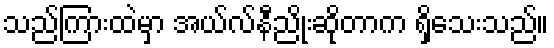
သည်ကြားထဲမှာ အယ်လ်နီညိုးဆိုတာက ရှိသေးသည်။